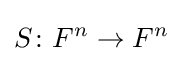
S\colon F^{n}\rightarrow F^{n}